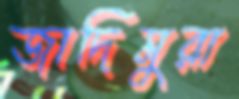
জাদিমুরা